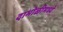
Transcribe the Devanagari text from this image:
दाभोळीमध्ये